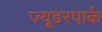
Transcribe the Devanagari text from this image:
ज्यूडरपार्क